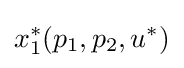
x_{1}^{*}(p_{1},p_{2},u^{*})